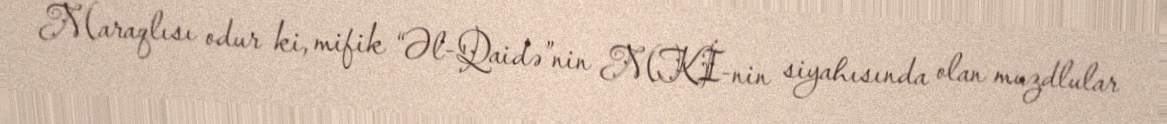
Maraqlısı odur ki, mifik “Əl-Qaidə”nin MKİ-nin siyahısında olan muzdlular